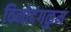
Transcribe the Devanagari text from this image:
विनोदंगळुम